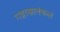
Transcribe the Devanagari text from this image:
गङ्गास्नानंफलं